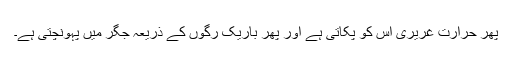
پھر حرارتِ غریری اس کو پکاتی ہے اور پھر باریک رگوں کے ذریعہ جگر میں پہونچتی ہے۔